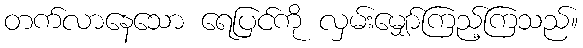
တက်လာနေသော ရေပြင်ကို လှမ်းမျှော်ကြည့်ကြသည်။